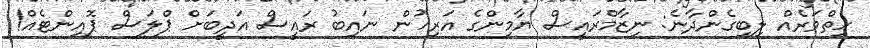
ހިތްވަރެއް ލިބިގެންދާނެ: ނިޒާމްރައީސް ޔާމިންގެ އަރިހުން ނައިބު ރައީސް އަދީބަށް ޕްލަސް ޕޮއިންޓެއް!